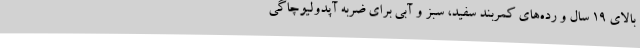
بالای 19 سال و رده‌های کمربند سفید، سبز و آبی برای ضربه آپدولیوچاگی